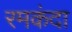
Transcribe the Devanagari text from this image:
रमकंदा